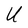
Character: U